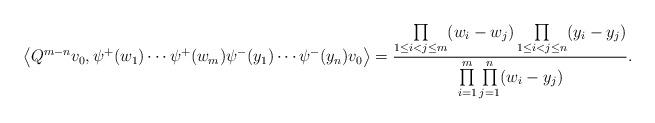
LaTeX: \begin{gather*}\big\langle Q^{m-n}v_0,\psi^{+}(w_1)\cdots \psi^{+}(w_m)\psi^{-}(y_1)\cdots \psi^{-}(y_n)v_0\big\rangle= \frac{ \prod\limits_{1\le i<j\le m}(w_i-w_j) \prod\limits_{1\le i<j\le n}(y_i-y_j)} {\prod\limits_{i=1}^{m}\prod\limits_{j=1}^{n}(w_i-y_j)}. \end{gather*}